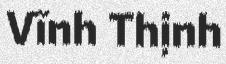
Vĩnh Thịnh